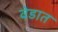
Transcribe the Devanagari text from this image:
वेडात